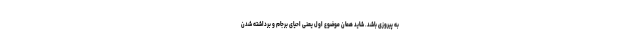
به پیروزی باشد. شاید همان موضوع اول یعنی احیای برجام و برداشته شدن